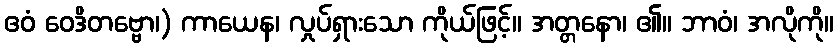
ဧဝံ ဝေဒိတဗ္ဗော၊) ကာယေန၊ လှုပ်ရှားသော ကိုယ်ဖြင့်။ အတ္တနော၊ ၏။ ဘာဝံ၊ အလိုကို။